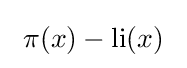
\ \pi (x)-\operatorname {li} (x)\